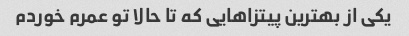
یکی از بهترین پیتزاهایی که تا حالا تو عمرم خوردم